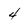
Character: 4